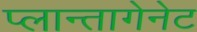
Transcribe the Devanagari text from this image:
प्लान्तागेनेट